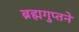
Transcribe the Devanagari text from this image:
ब्रह्मगुप्तने